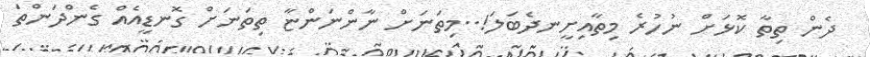
ދެން ތިތާ ކޮޅަށް ނުހުރެ މިތާއިށީނދެބަލަ!..މިތަނަށް ނާންނަންޏާ ތިތަނަށް ގޮނޑީއެއް ގެންދަންތަ